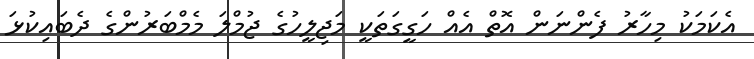
އެކަމަކު މިހާރު ފެންނަން އޮތް އެއް ހަގީގަތަކީ މަޖިލީހުގެ ޖުމްލަ މެމްބަރުންގެ ދެބައިކުޅަ